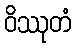
ဝိဿုတံ